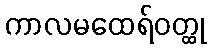
ကာလမထေရ်ဝတ္ထု